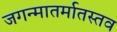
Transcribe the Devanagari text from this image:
जगन्मातर्मातस्तव